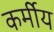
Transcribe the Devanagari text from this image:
कर्मीय